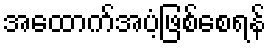
အထောက်အပံ့ဖြစ်စေရန်